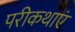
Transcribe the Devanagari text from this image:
परीकथाएं